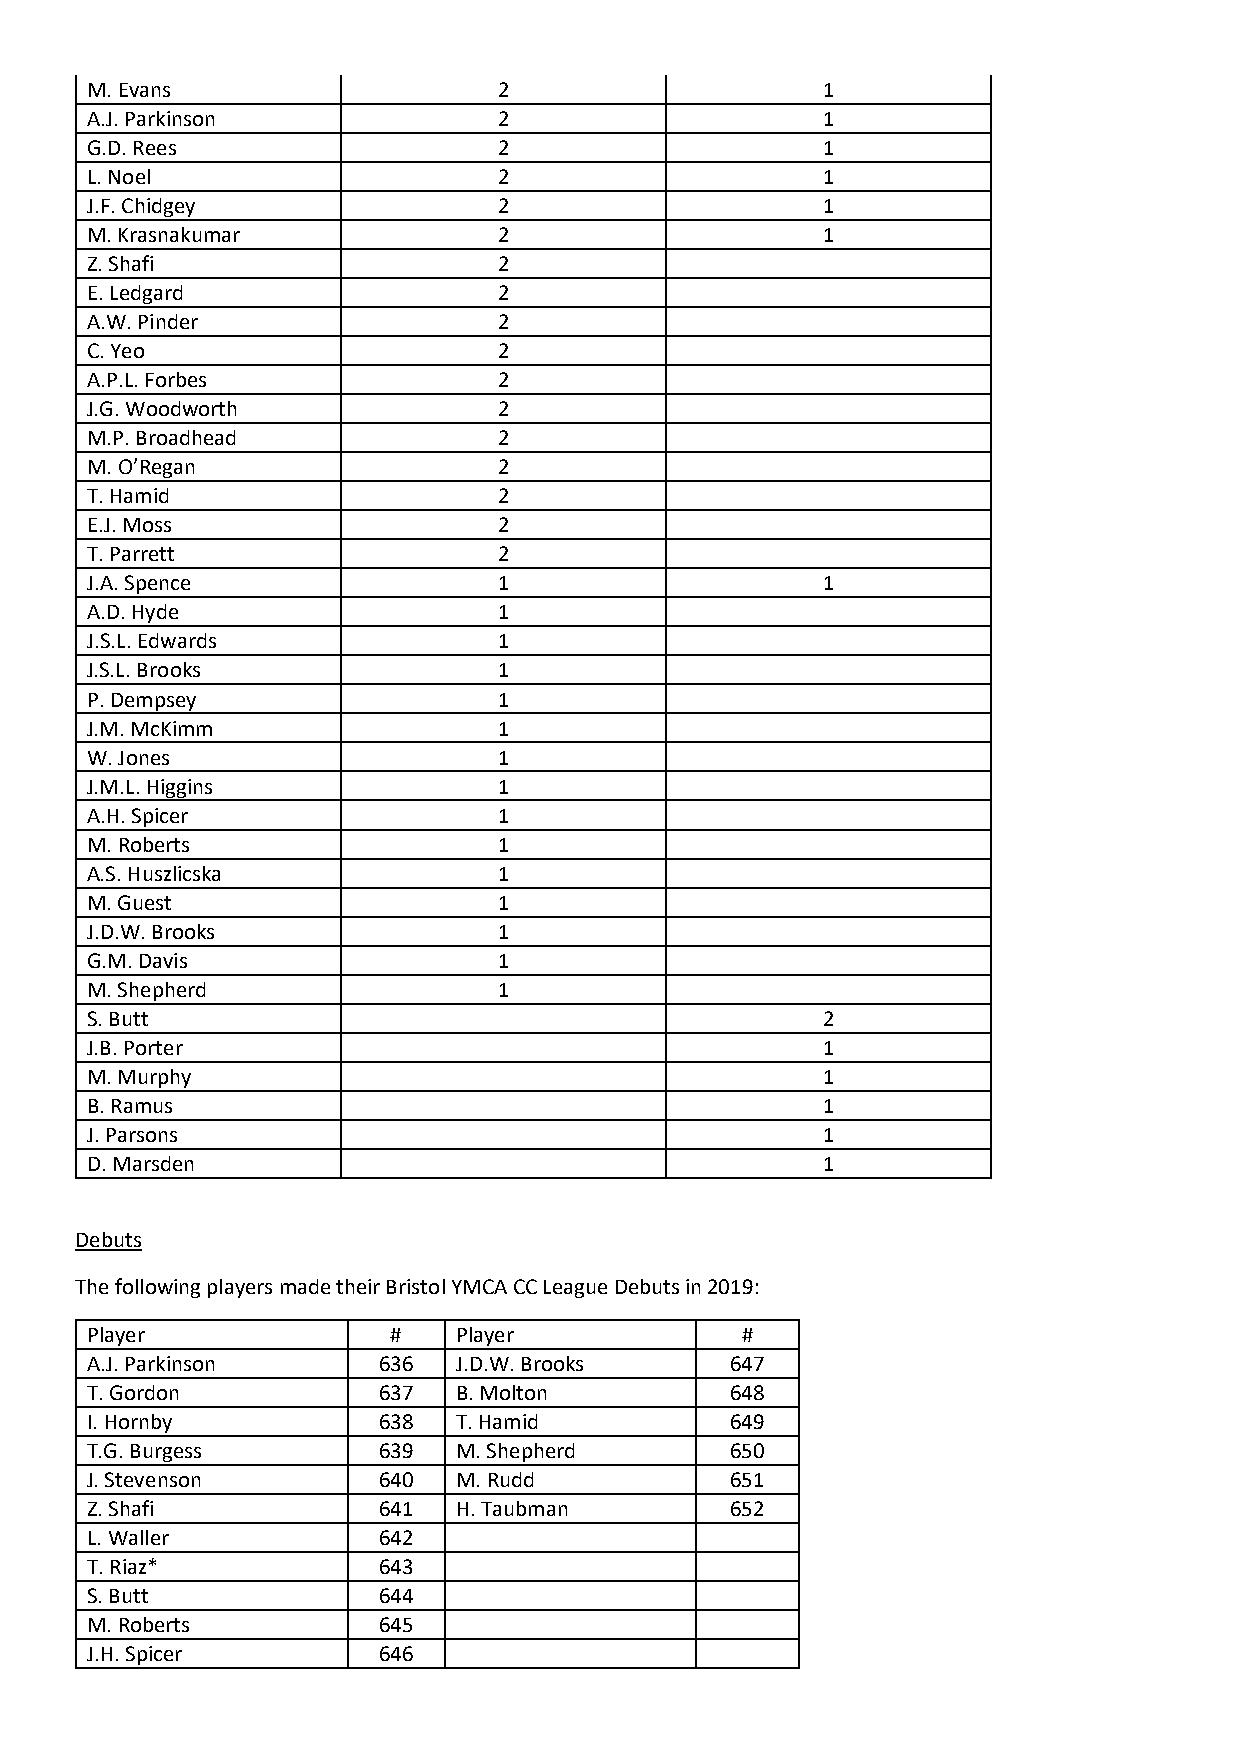
M. Evans                   2                    1
 A.J. Parkinson             2                    1
 G.D. Rees                  2                    1
 L. Noel                    2                    1
 J.F. Chidgey               2                    1
 M. Krasnakumar             2                    1
 Z. Shafi                   2
 E. Ledgard                 2
 A.W. Pinder                2
 C. Yeo                     2
 A.P.L. Forbes              2
 J.G. Woodworth             2
 M.P. Broadhead             2
 M. O’Regan                 2
 T. Hamid                   2
 E.J. Moss                  2
 T. Parrett                 2
 J.A. Spence                1                    1
 A.D. Hyde                  1
 J.S.L. Edwards             1
 J.S.L. Brooks              1
 P. Dempsey                 1
 J.M. McKimm                1
 W. Jones                   1
 J.M.L. Higgins             1
 A.H. Spicer                1
 M. Roberts                 1
 A.S. Huszlicska            1
 M. Guest                   1
 J.D.W. Brooks              1
 G.M. Davis                 1
 M. Shepherd                1
 S. Butt                                         2
 J.B. Porter                                     1
 M. Murphy                                       1
 B. Ramus                                        1
 J. Parsons                                      1
 D. Marsden                                      1
 Debuts
 The following players made their Bristol YMCA CC League Debuts in 2019:
 Player              #   Player             #
 A.J. Parkinson     636  J.D.W. Brooks     647
 T. Gordon          637  B. Molton         648
 I. Hornby          638  T. Hamid          649
 T.G. Burgess       639  M. Shepherd       650
 J. Stevenson       640  M. Rudd           651
 Z. Shafi           641  H. Taubman        652
 L. Waller          642
 T. Riaz*           643
 S. Butt            644
 M. Roberts         645
 J.H. Spicer        646